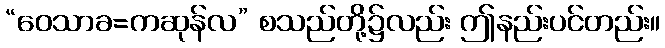
“ဝေသာခ=ကဆုန်လ” စသည်တို့၌လည်း ဤနည်းပင်တည်း။